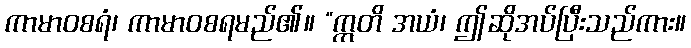
ကာမာဝစရံ၊ ကာမာဝစရမည်၏။ “ဣတိ အယံ၊ ဤဆိုအပ်ပြီးသည်ကား။